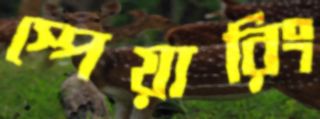
স্পেয়ারিং